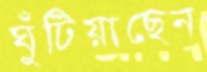
ঘুঁটিয়াছেন